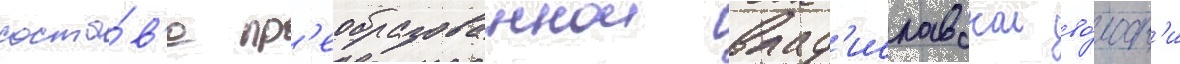
соста́в'е пр'еобразованнои влад'иславскои во́лост'и